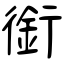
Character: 銜